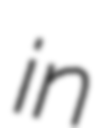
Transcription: in